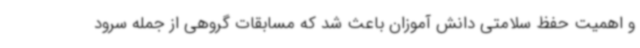
و اهمیت حفظ سلامتی دانش آموزان باعث شد که مسابقات گروهی از جمله سرود